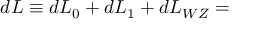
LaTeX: d { \cal { L } } \equiv d { \cal { L } } _ { 0 } + d { \cal { L } } _ { 1 } + d { \cal { L } } _ { W Z } =